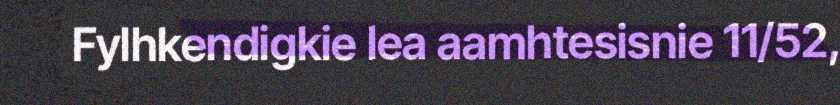
Fylhkendigkie lea aamhtesisnie 11/52,